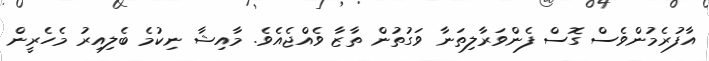
އާފުރެމުންވެސް ގޮސް ފެންވަރާލިތަނާ ވަގުތުން ތާޒާ ވެއްޖެއެވެ. މާއިޝާ ނިކުމެ ބެލިއިރު މެހެރީން